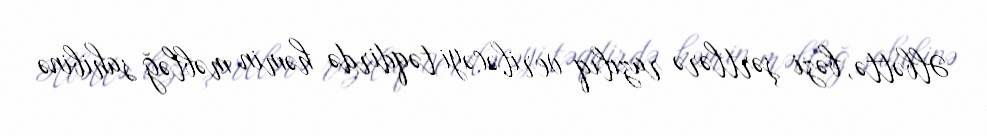
Əlbəttə, bəzi şərtlərə razılıq veriləcəyi təqdirdə həmin məbləğ sahibinə